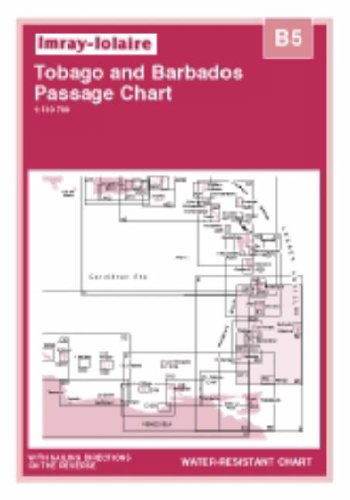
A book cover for Imray Iolaire Chart B5 2006: Martinique to Tobago and Barbados; Imray; Travel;